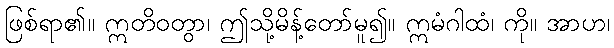
ဖြစ်ရာ၏။ ဣတိဝတွာ၊ ဤသို့မိန့်တော်မူ၍။ ဣမံဂါထံ၊ ကို။ အာဟ၊